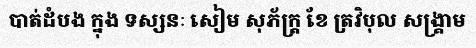
បាត់ដំបង ក្នុង ទស្សនៈ សៀម សុភ័ក្ត្រ ខែ ត្រវិបុល សង្គ្រាម